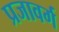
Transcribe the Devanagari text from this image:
प्रजावर्ग